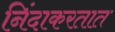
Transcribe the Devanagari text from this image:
निंदाकरतात